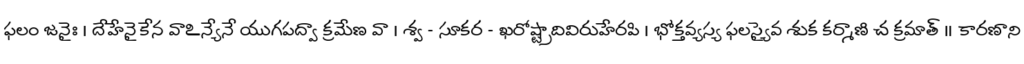
ఫలం జనైః । దేహేనైకేన వాఽన్యేనే యుగపద్వా క్రమేణ వా । శ్వ - సూకర - ఖరోష్ట్రాదివిరుహేరపి । భోక్తవ్యస్య ఫలస్యైవ శుక కర్మాణి చ క్రమాత్ ॥ కారణాని